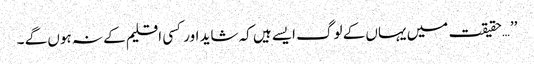
’’…حقیقت میں یہاں کے لوگ ایسے ہیں کہ شاید اور کسی اقلیم کے نہ ہوں گے ۔